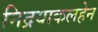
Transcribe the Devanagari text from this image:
निद्रयाकलहेन